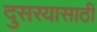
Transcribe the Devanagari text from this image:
दुसरयासाठी